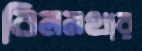
বিলনথার